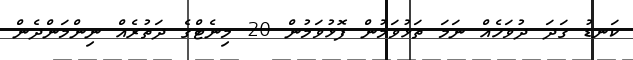
ކަނޑު ގަދަ ދުވަހެއް ނަމަ ތަޅުވަމުން ފޮޅުވަމުން 20 މިނެޓްގެ ދަތުރެއް ނިންމަންދެން